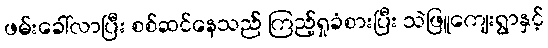
ဖမ်းခေါ်လာပြီး စစ်ဆင်နေသည် ကြည့်ရှုခံစားပြီး သဲဖြူကျေးရွာနှင့်